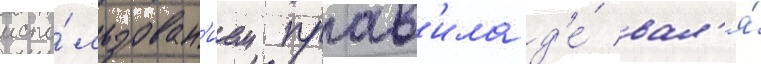
испо́льзован'ием прав'ила д'е́ вал'я́